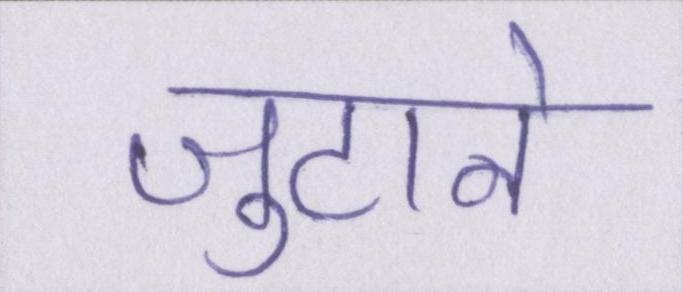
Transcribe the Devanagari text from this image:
जुटाने